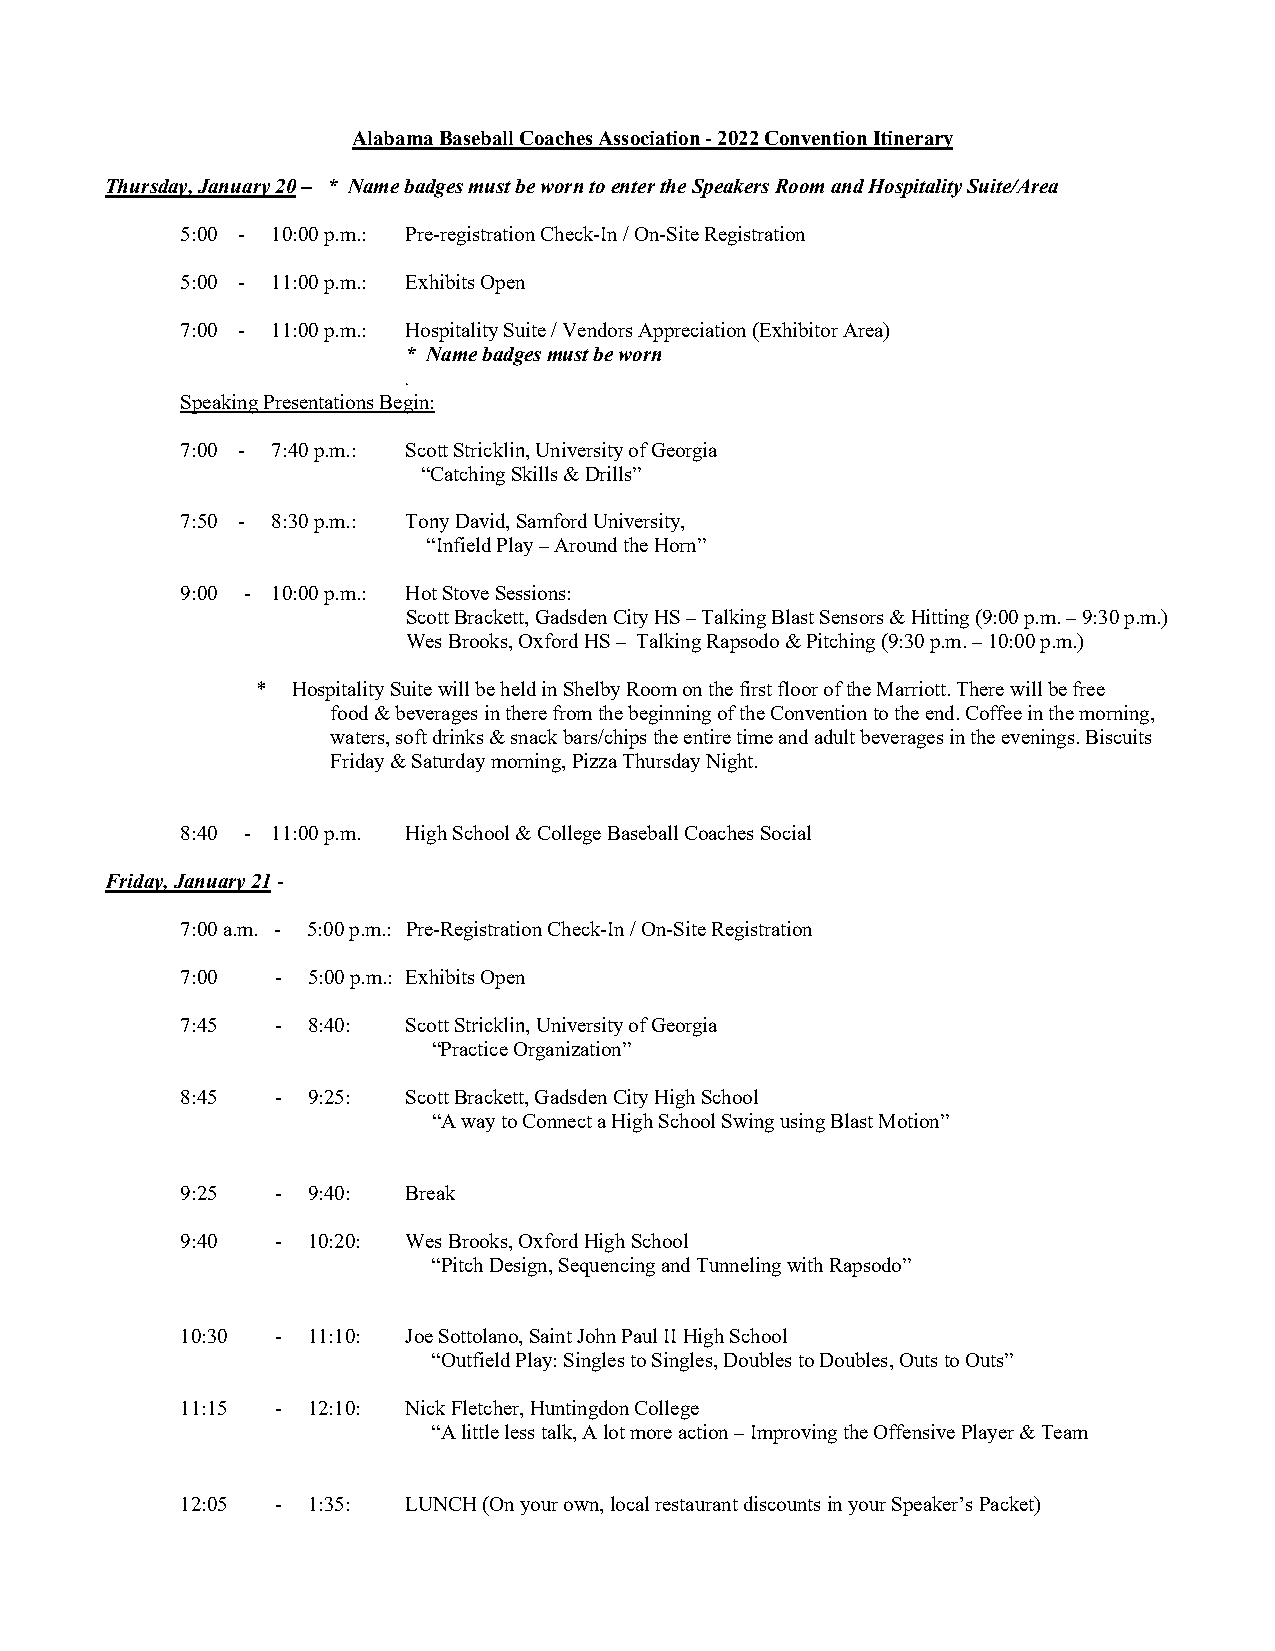
Alabama Baseball Coaches Association - 2022 Convention Itinerary
 Thursday, January 20 – * Name badges must be worn to enter the Speakers Room and Hospitality Suite/Area
 5:00 - 10:00 p.m.: Pre-registration Check-In / On-Site Registration
 5:00 - 11:00 p.m.: Exhibits Open
 7:00 - 11:00 p.m.: Hospitality Suite / Vendors Appreciation (Exhibitor Area)
 * Name badges must be worn
 .
 Speaking Presentations Begin:
 7:00 - 7:40 p.m.: Scott Stricklin, University of Georgia
 “Catching Skills & Drills”
 7:50 - 8:30 p.m.: Tony David, Samford University,
 “Infield Play – Around the Horn”
 9:00 - 10:00 p.m.: Hot Stove Sessions:
 Scott Brackett, Gadsden City HS – Talking Blast Sensors & Hitting (9:00 p.m. – 9:30 p.m.)
 Wes Brooks, Oxford HS – Talking Rapsodo & Pitching (9:30 p.m. – 10:00 p.m.)
 * Hospitality Suite will be held in Shelby Room on the first floor of the Marriott. There will be free
 food & beverages in there from the beginning of the Convention to the end. Coffee in the morning,
 waters, soft drinks & snack bars/chips the entire time and adult beverages in the evenings. Biscuits
 Friday & Saturday morning, Pizza Thursday Night.
 8:40 - 11:00 p.m. High School & College Baseball Coaches Social
 Friday, January 21 -
 7:00 a.m. - 5:00 p.m.: Pre-Registration Check-In / On-Site Registration
 7:00  - 5:00 p.m.: Exhibits Open
 7:45  - 8:40:  Scott Stricklin, University of Georgia
 “Practice Organization”
 8:45  - 9:25:  Scott Brackett, Gadsden City High School
 “A way to Connect a High School Swing using Blast Motion”
 9:25  - 9:40:  Break
 9:40  - 10:20: Wes Brooks, Oxford High School
 “Pitch Design, Sequencing and Tunneling with Rapsodo”
 10:30 - 11:10: Joe Sottolano, Saint John Paul II High School
 “Outfield Play: Singles to Singles, Doubles to Doubles, Outs to Outs”
 11:15 - 12:10: Nick Fletcher, Huntingdon College
 “A little less talk, A lot more action – Improving the Offensive Player & Team
 12:05 - 1:35:  LUNCH (On your own, local restaurant discounts in your Speaker’s Packet)